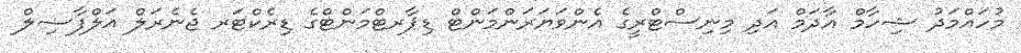
މުހައްމަދު ޝިހާމް އާދަމް އަދި މިނިސްޓްރީގެ އެންވަޔަރަންމަންޓް ޑިޕާރޓްމަންޓްގެ ޑިރެކްޓަރ ޖެނެރަލް އަލްފާޟިލް